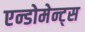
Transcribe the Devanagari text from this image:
एन्डोमेन्ट्‌स